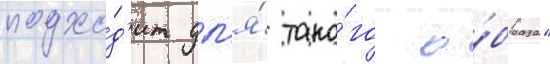
подхо́д'ит дл'я́ тако́го о́браза"